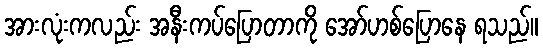
အားလုံးကလည်း အနီးကပ်ပြောတာကို အော်ဟစ်ပြောနေ ရသည်။